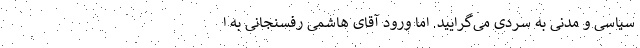
سیاسی و مدنی به سردی می‌گرایید. اما ورود آقای هاشمی رفسنجانی به ا